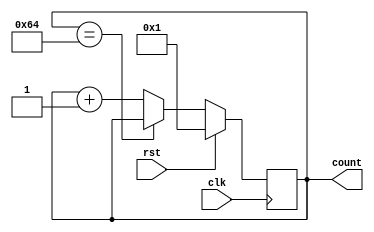
`timescale 1ns / 1ps
//////////////////////////////////////////////////////////////////////////////////
// Company: 
// Engineer: 
// 
// Design Name: 
// Module Name: counter
// Project Name: 
// Target Devices: 
// Tool Versions: 
// Description: 
// 
// Dependencies: 
// 
// Revision:
// Revision 0.01 - File Created
// Additional Comments:
// 
//////////////////////////////////////////////////////////////////////////////////


module counter(clk , rst , count
    );
    input clk,rst;
    output [6:0] count;
    reg [6:0] count;
    always@(posedge clk)
    begin
        if(rst)
        count = 7'b1;
        else if(count==100)
        count=count;
        else
        count = count + 1;
    end
endmodule